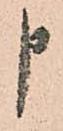
申